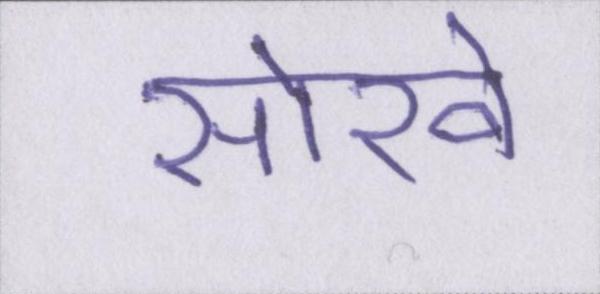
सोखे